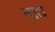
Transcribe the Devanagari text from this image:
नाद्य